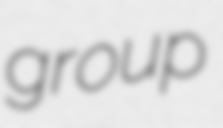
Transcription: group